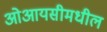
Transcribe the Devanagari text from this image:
ओआयसीमधील